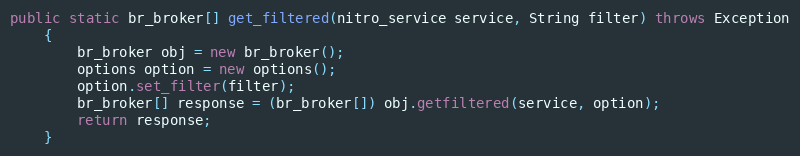
Language: Java
public static br_broker[] get_filtered(nitro_service service, String filter) throws Exception
	{
		br_broker obj = new br_broker();
		options option = new options();
		option.set_filter(filter);
		br_broker[] response = (br_broker[]) obj.getfiltered(service, option);
		return response;
	}